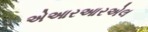
એઆરઆરએલ